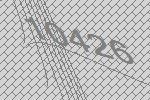
10426